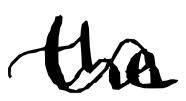
Text: the
Cross-out: wave
Writing tool: digital_black